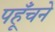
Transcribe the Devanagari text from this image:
पहूँचने